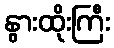
နွားထိုးကြီး